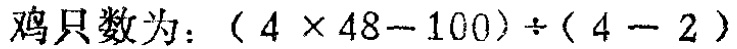
鸡只数为：\((4\times48 - 100)\div(4 - 2)\)